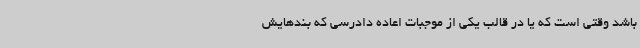
باشد وقتی است که یا در قالب یکی از موجبات اعاده دادرسی که بندهایش